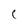
Character: C